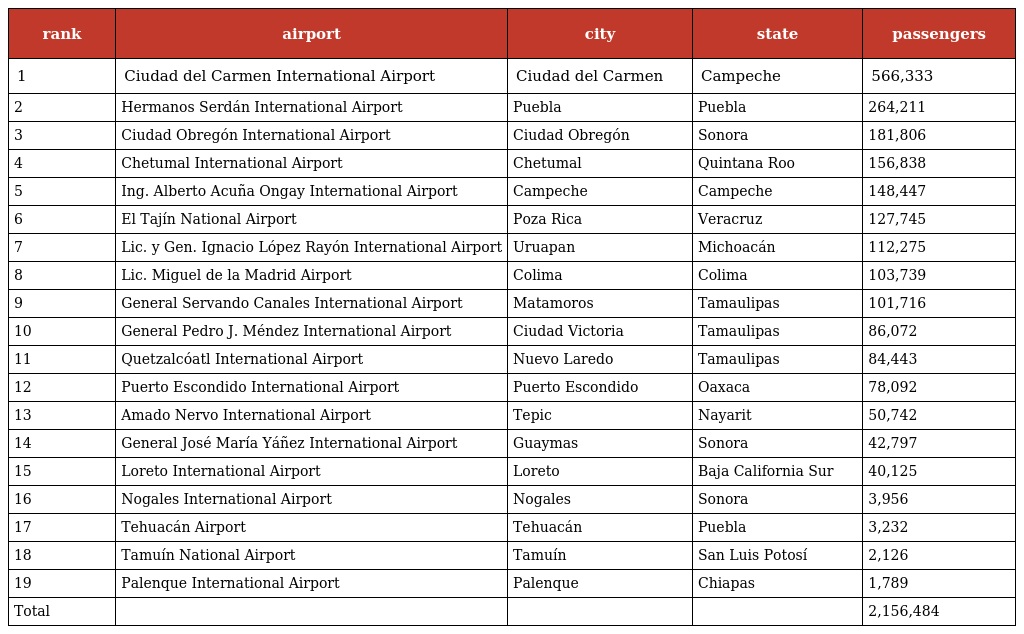
| rank | airport | city | state | passengers |
 | --- | --- | --- | --- | --- |
 | 1 | Ciudad del Carmen International Airport | Ciudad del Carmen | Campeche | 566,333 |
 | 2 | Hermanos Serdán International Airport | Puebla | Puebla | 264,211 |
 | 3 | Ciudad Obregón International Airport | Ciudad Obregón | Sonora | 181,806 |
 | 4 | Chetumal International Airport | Chetumal | Quintana Roo | 156,838 |
 | 5 | Ing. Alberto Acuña Ongay International Airport | Campeche | Campeche | 148,447 |
 | 6 | El Tajín National Airport | Poza Rica | Veracruz | 127,745 |
 | 7 | Lic. y Gen. Ignacio López Rayón International Airport | Uruapan | Michoacán | 112,275 |
 | 8 | Lic. Miguel de la Madrid Airport | Colima | Colima | 103,739 |
 | 9 | General Servando Canales International Airport | Matamoros | Tamaulipas | 101,716 |
 | 10 | General Pedro J. Méndez International Airport | Ciudad Victoria | Tamaulipas | 86,072 |
 | 11 | Quetzalcóatl International Airport | Nuevo Laredo | Tamaulipas | 84,443 |
 | 12 | Puerto Escondido International Airport | Puerto Escondido | Oaxaca | 78,092 |
 | 13 | Amado Nervo International Airport | Tepic | Nayarit | 50,742 |
 | 14 | General José María Yáñez International Airport | Guaymas | Sonora | 42,797 |
 | 15 | Loreto International Airport | Loreto | Baja California Sur | 40,125 |
 | 16 | Nogales International Airport | Nogales | Sonora | 3,956 |
 | 17 | Tehuacán Airport | Tehuacán | Puebla | 3,232 |
 | 18 | Tamuín National Airport | Tamuín | San Luis Potosí | 2,126 |
 | 19 | Palenque International Airport | Palenque | Chiapas | 1,789 |
 | Total |  |  |  | 2,156,484 |